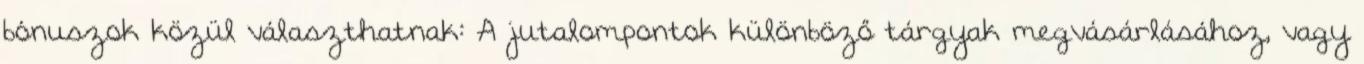
bónuszok közül választhatnak: A jutalompontok különböző tárgyak megvásárlásához, vagy